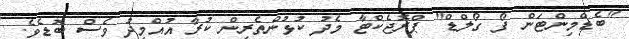
"ބެޑްމިންޓަން ފޯ ގޯލްޑް" ޕްރޮޖެކްޓާ މެދު ކުޅުންތެރިން ކުރާ އުއްމީދު ވެސް ބޮޑެވެ.